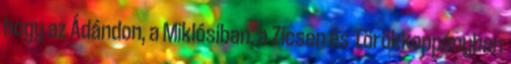
hogy az Ádándon, a Miklósiban, a Zicsen és Törökkoppányban